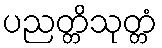
ပညတ္တိသုတ္တံ